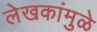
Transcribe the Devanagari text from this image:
लेखकांमुळे